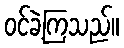
ဝင်ခဲ့ကြသည်။